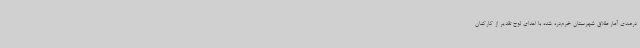
درصدی آمار طلاق شهرستان خرم‌دره شده با اهدای لوح تقدیر از کارکنان